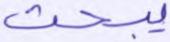
يبحث